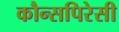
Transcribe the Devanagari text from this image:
कौन्सपिरेसी